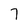
Character: 7